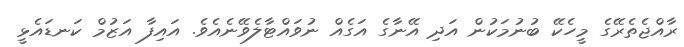
ރާއްޖެތެރޭގެ މީހެކޭ ބުނުމަކުން އަދި އޭނާގެ އަގެއް ނުވައްޓާލެވޭނެއެވެ. އައިފާ އަޒުމް ކަނޑައެޅީ